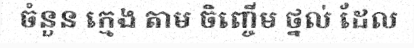
ចំនួន ក្មេង តាម ចិញ្ចើម ថ្នល់ ដែល